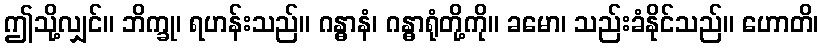
ဤသို့လျှင်။ ဘိက္ခု၊ ရဟန်းသည်။ ဂန္ဓာနံ၊ ဂန္ဓာရုံတို့ကို။ ခမော၊ သည်းခံနိုင်သည်။ ဟောတိ၊